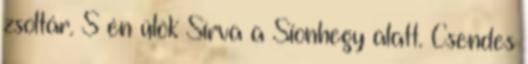
zsoltár. S én ülök Sírva a Sionhegy alatt. Csendes